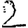
Digit: 2